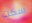
سكت